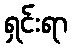
ရှင်းရာ